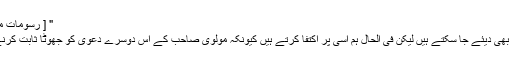
" [ رسومات محرم الحرام ص 30،31 ]
اسی طرح کے اور حوالے بھی دیئے جا سکتے ہیں لیکن فی الحال ہم اسی پر اکتفا کرتے ہیں کیونکہ مولوی صاحب کے اس دوسرے دعویٰ کو جھوٹا ثابت کرنے کے لیئے یہ کافی ہے ۔